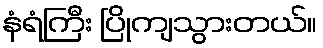
နံရံကြီး ပြိုကျသွားတယ်။